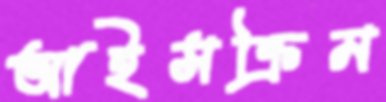
আইসক্রিম